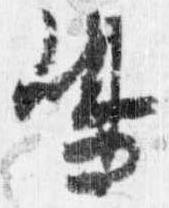
嶋